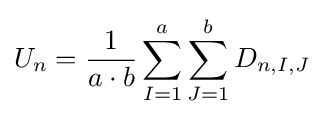
U_{n}={\frac {1}{a\cdot b}}\sum _{I=1}^{a}\sum _{J=1}^{b}D_{n,I,J}